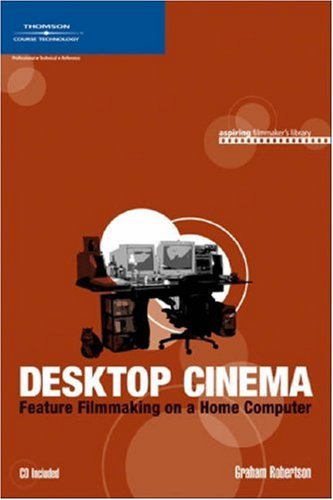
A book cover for Desktop Cinema: Feature Filmmaking On a Home Computer (Aspiring Filmmaker's Library); Graham Robertson; Computers & Technology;